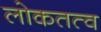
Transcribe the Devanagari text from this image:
लोकतत्‍व